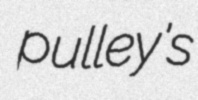
pulley's